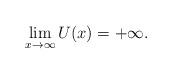
LaTeX: \begin{align*} \lim_{x\to\infty}U(x)= +\infty.\end{align*}